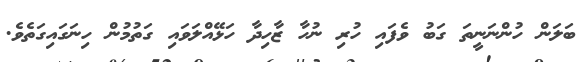
ބަލަން ހުންނަނީތަ ގަބު ވެފައި ހުރި ނުހާ ޒާހިދާ ހަޅޭއްލަވައި ގަތުމުން ހިނަގައިގަތެވެ.